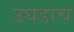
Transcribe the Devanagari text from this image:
उघडाच